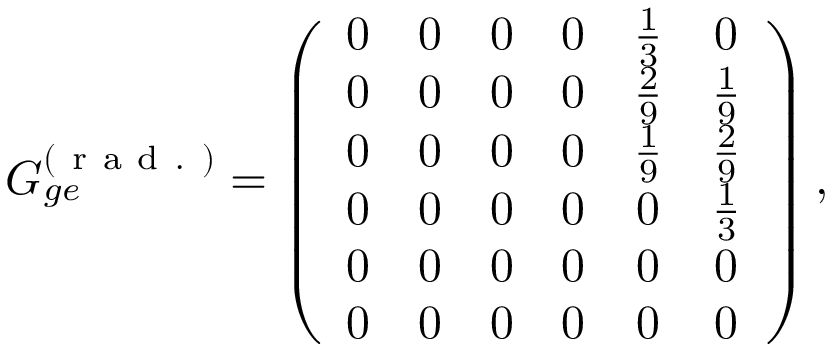
G _ { g e } ^ { ( \mathrm { ~ r ~ a ~ d ~ . ~ } ) } = \left( \begin{array} { c c c c c c } { 0 } & { 0 } & { 0 } & { 0 } & { \frac { 1 } { 3 } } & { 0 } \\ { 0 } & { 0 } & { 0 } & { 0 } & { \frac { 2 } { 9 } } & { \frac { 1 } { 9 } } \\ { 0 } & { 0 } & { 0 } & { 0 } & { \frac { 1 } { 9 } } & { \frac { 2 } { 9 } } \\ { 0 } & { 0 } & { 0 } & { 0 } & { 0 } & { \frac { 1 } { 3 } } \\ { 0 } & { 0 } & { 0 } & { 0 } & { 0 } & { 0 } \\ { 0 } & { 0 } & { 0 } & { 0 } & { 0 } & { 0 } \end{array} \right) ,